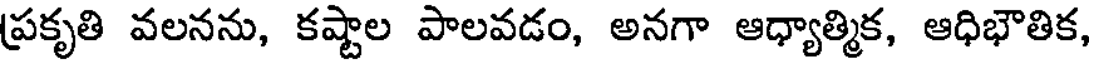
ప్రకృతి వలనను, కష్టాల పాలవడం, అనగా ఆధ్యాత్మిక, ఆధిభౌతిక,